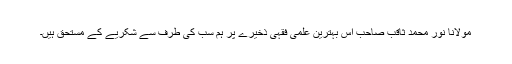
مولانا نور محمد ثاقب صاحب اس بہترین علمی فقہی ذخیرے پر ہم سب کی طرف سے شکریے کے مستحق ہیں۔